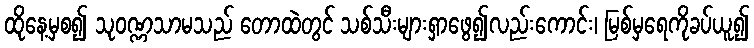
ထိုနေ့မှစ၍ သုဝဏ္ဏသာမသည် တောထဲတွင် သစ်သီးများရှာဖွေ၍လည်းကောင်း၊ မြစ်မှရေကိုခပ်ယူ၍